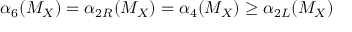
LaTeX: \alpha _ { 6 } ( M _ { X } ) = { \alpha } _ { 2 R } ( M _ { X } ) = { \alpha } _ { 4 } ( M _ { X } ) \geq { \alpha } _ { 2 L } ( M _ { X } )